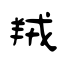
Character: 羢